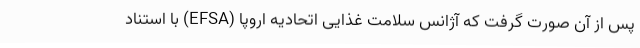
پس از آن صورت گرفت که آژانس سلامت غذایی اتحادیه اروپا (EFSA) با استناد